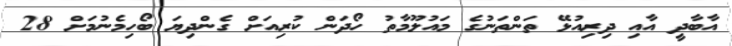
އާބާދީ އާއި ދިރިއުޅޭ ތަންތަނުގެ މައުލޫމާތު ހޯދަން ކުރިއަށް ގެންދިޔަ ބޯހިމެނުމަށް 28